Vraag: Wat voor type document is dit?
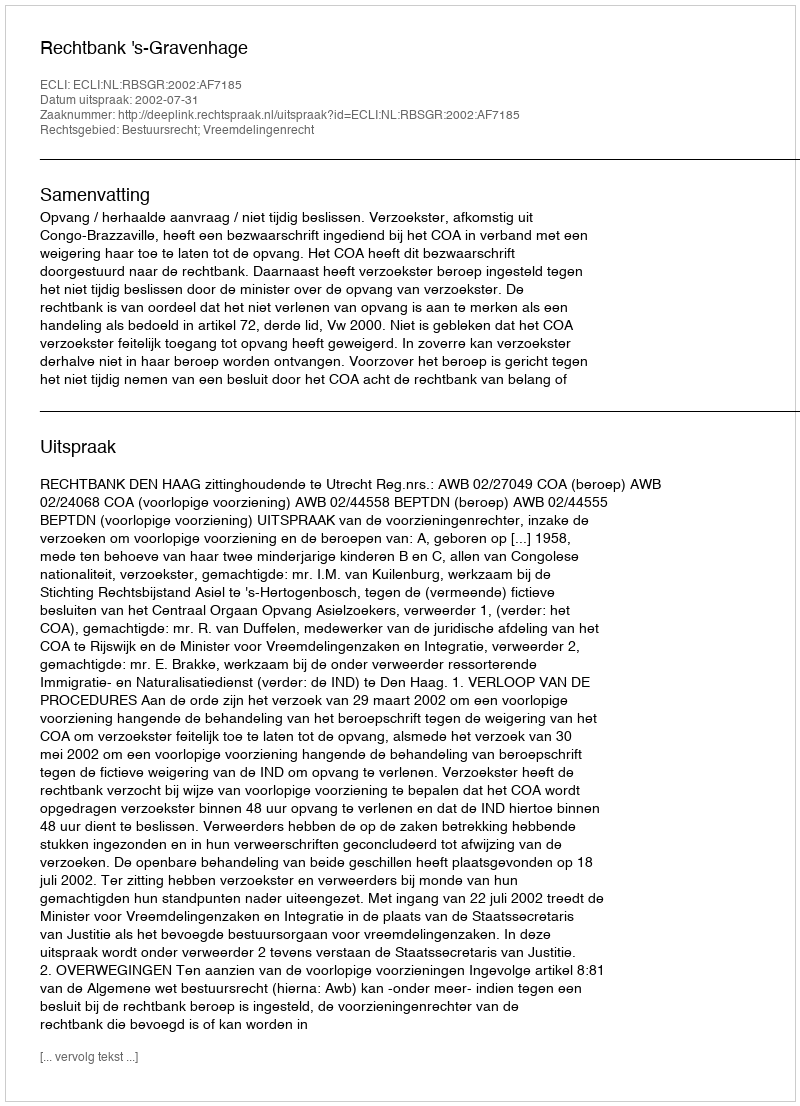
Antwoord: Uitspraak